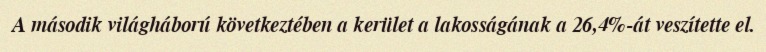
A második világháború következtében a kerület a lakosságának a 26,4%-át veszítette el.